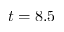
t = 8 . 5